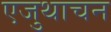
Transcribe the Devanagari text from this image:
एजुथाचन